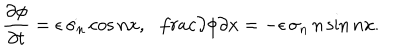
LaTeX: \frac { \partial \phi } { \partial t } = \epsilon \, \dot { \sigma _ { n } } \cos n x , \ \ \, \frac { \partial \phi } { \partial x } = - \epsilon \, \sigma _ { n } \, n \sin n x .